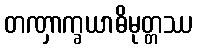
တဏှာက္ခယာဓိမုတ္တဿ